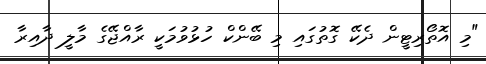
"މި އޮތޯރިޓީން ދެކޭ ގޮތުގައި މި ބޭންކް ހުޅުވުމަކީ ރާއްޖޭގެ މާލީ ދާއިރާ